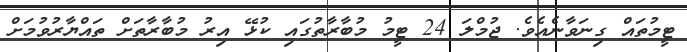
ޓީމުތައް ގިނަވާނެއެވެ. ޖުމްލަ 24 ޓީމު މުބާރާތުގައި ކުޅޭ އިރު މުބާރާތަށް ތައްޔާރުވުމަށް